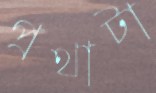
প্রথাটা